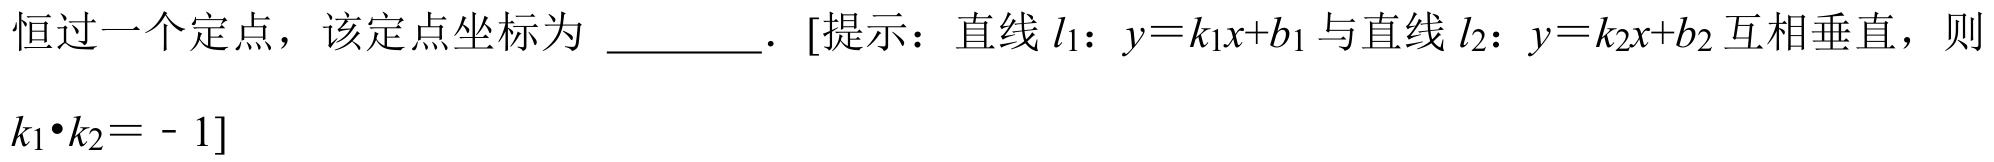
恒过一个定点，该定点坐标为 \_\_\_\_\_。[提示：直线\(l_{1}\)：\(y = k_{1}x + b_{1}\)与直线\(l_{2}\)：\(y = k_{2}x + b_{2}\)互相垂直，则\(k_{1}\cdot k_{2} = - 1\)]